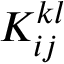
{ K } _ { i j } ^ { k l }